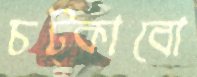
চট্‌কাবো